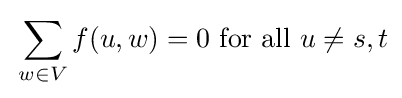
\,\sum _{w\in V}f(u,w)=0{\text{ for all }}u\neq s,t